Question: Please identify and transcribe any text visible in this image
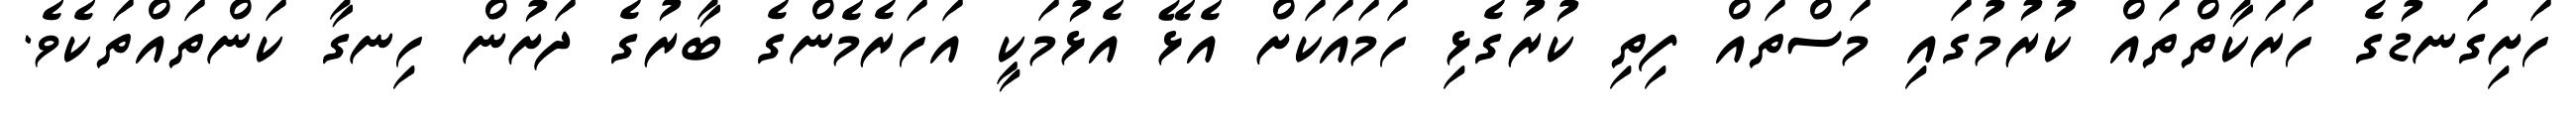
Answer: ހަށިގަނޑުގެ ހަރަކާތްތައް ކުރުމުގައި މަސްތައް ފިތި ކުރުގެޅި ހަމައަކަށް އެޅޭ އެޅުމަކީ އަހަރެމެންގެ ބާރުގެ ދަށުން ހިނގާ ކަންތައްތަކެވެ.